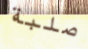
صلبة